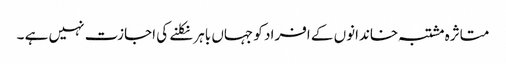
متاثرہ مشتبہ خاندانوں کے افراد کو جہاں باہر نکلنے کی اجازت نہیں ہے ۔